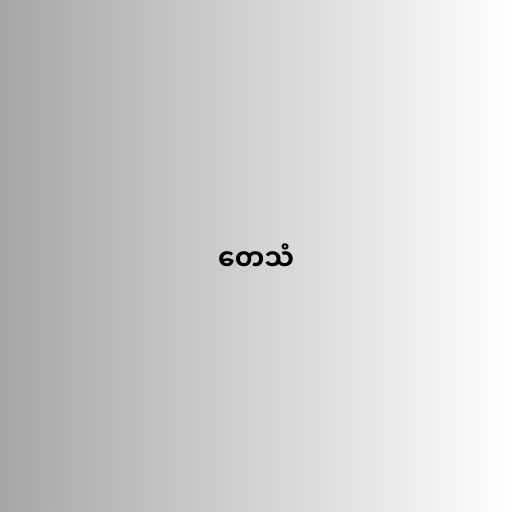
တေသံ